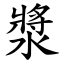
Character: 漿